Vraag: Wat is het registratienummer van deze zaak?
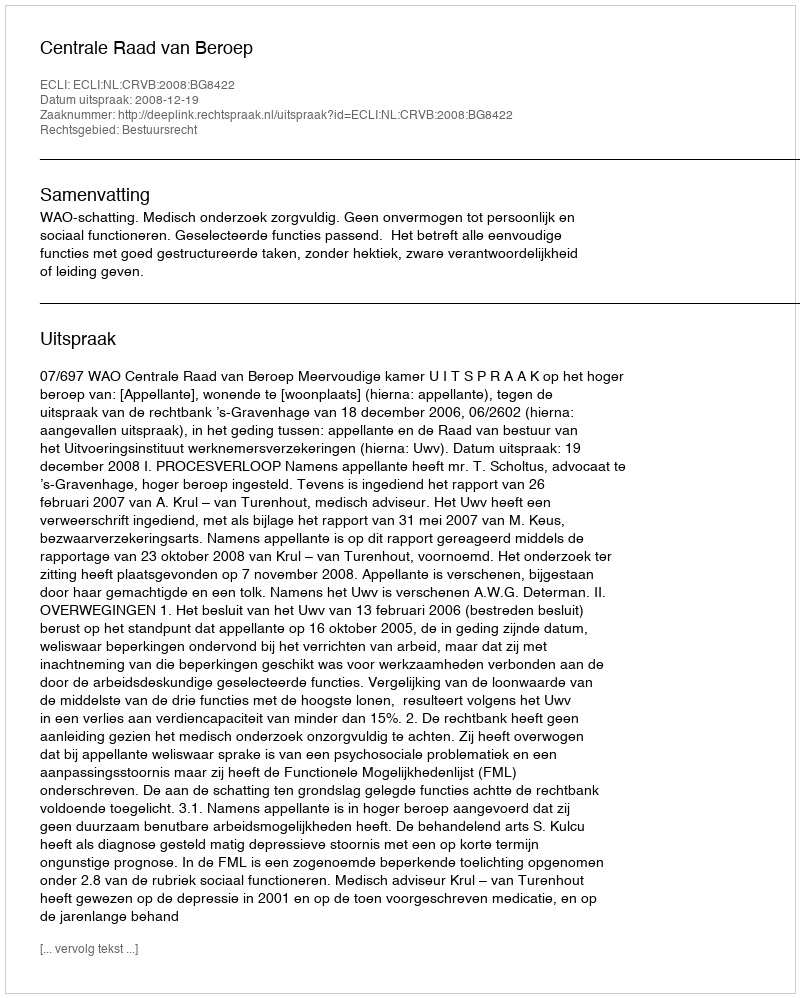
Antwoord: http://deeplink.rechtspraak.nl/uitspraak?id=ECLI:NL:CRVB:2008:BG8422